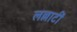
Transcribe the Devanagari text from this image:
लल्लाटीं